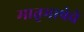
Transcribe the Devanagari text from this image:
मातृभाषेचे